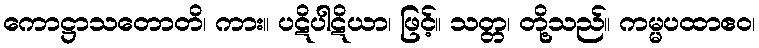
ကောဋ္ဌာသတောတိ၊ ကား။ ပဋိပါဋိယာ၊ ဖြင့်။ သတ္တ၊ တို့သည်။ ကမ္မပထာဧဝ၊